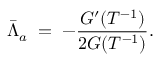
\bar { \Lambda } _ { a } \; = \; - \frac { G ^ { \prime } ( T ^ { - 1 } ) } { 2 G ( T ^ { - 1 } ) } .